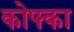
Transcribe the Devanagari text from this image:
कोफ्का